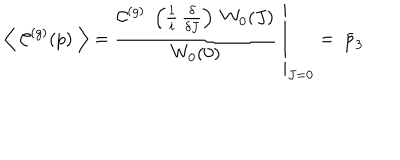
LaTeX: \left\langle \; \mathcal { C } ^ { ( g ) } ( p ) \; \right\rangle = \left. \frac { \mathcal { C } ^ { ( g ) } \; \left( \frac { 1 } { i } \, \frac { \delta } { \delta J } \right) \; W _ { 0 } ( J ) } { W _ { 0 } ( 0 ) } \; \right\vert _ { J = 0 } = \; \bar { p } _ { 3 }